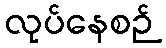
လုပ်နေစဉ်